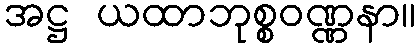
အဋ္ဌ ယထာဘုစ္စဝဏ္ဏနာ။